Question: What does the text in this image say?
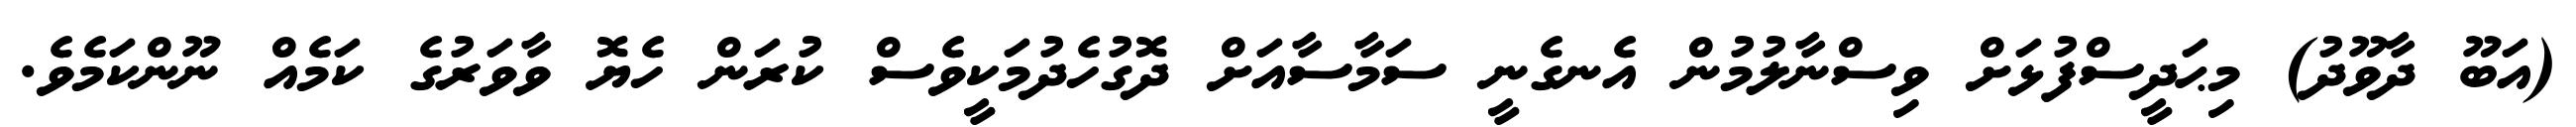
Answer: (އަބޫ ދާވޫދު) މިޙަދީސްފުޅަށް ވިސްނާލުމުން އެނގެނީ ސަމާސާއަށް ދޮގުހެދުމަކީވެސް ކުރަން ހެޔޮ ވާވަރުގެ ކަމެއް ނޫންކަމެވެ.